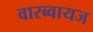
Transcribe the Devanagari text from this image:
वारब्वायज